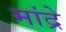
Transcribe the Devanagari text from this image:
मांद्रे